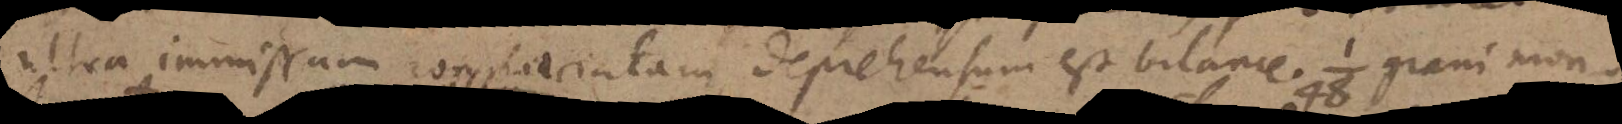
ultra immissam conglaciatam, deprehensum est bilance ¹⁄₄₈ grani mon-